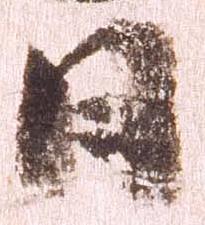
日